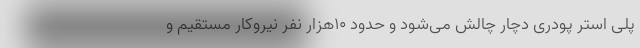
پلی استر پودری دچار چالش می‌شود و حدود ۱۰هزار نفر نیروکار مستقیم و